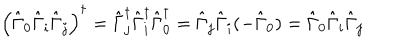
\left( \hat { \Gamma } _ { 0 } \hat { \Gamma } _ { i } \hat { \Gamma } _ { j } \right) ^ { \dagger } = \hat { \Gamma } _ { j } ^ { \dagger } \hat { \Gamma } _ { i } ^ { \dagger } \hat { \Gamma } _ { 0 } ^ { \dagger } = \hat { \Gamma } _ { j } \hat { \Gamma } _ { i } ( - \hat { \Gamma } _ { 0 } ) = \hat { \Gamma } _ { 0 } \hat { \Gamma } _ { i } \hat { \Gamma } _ { j }